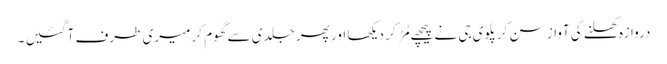
دروازہ کھلنے کی آواز سن کر پلوی جی نے پیچھے مُڑ کر دیکھا اور پھر جلدی سے گھوم کر میری طرف آ گئیں ۔